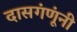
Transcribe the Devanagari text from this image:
दासगंणूंनी